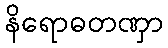
နိရောဓတဏှာ